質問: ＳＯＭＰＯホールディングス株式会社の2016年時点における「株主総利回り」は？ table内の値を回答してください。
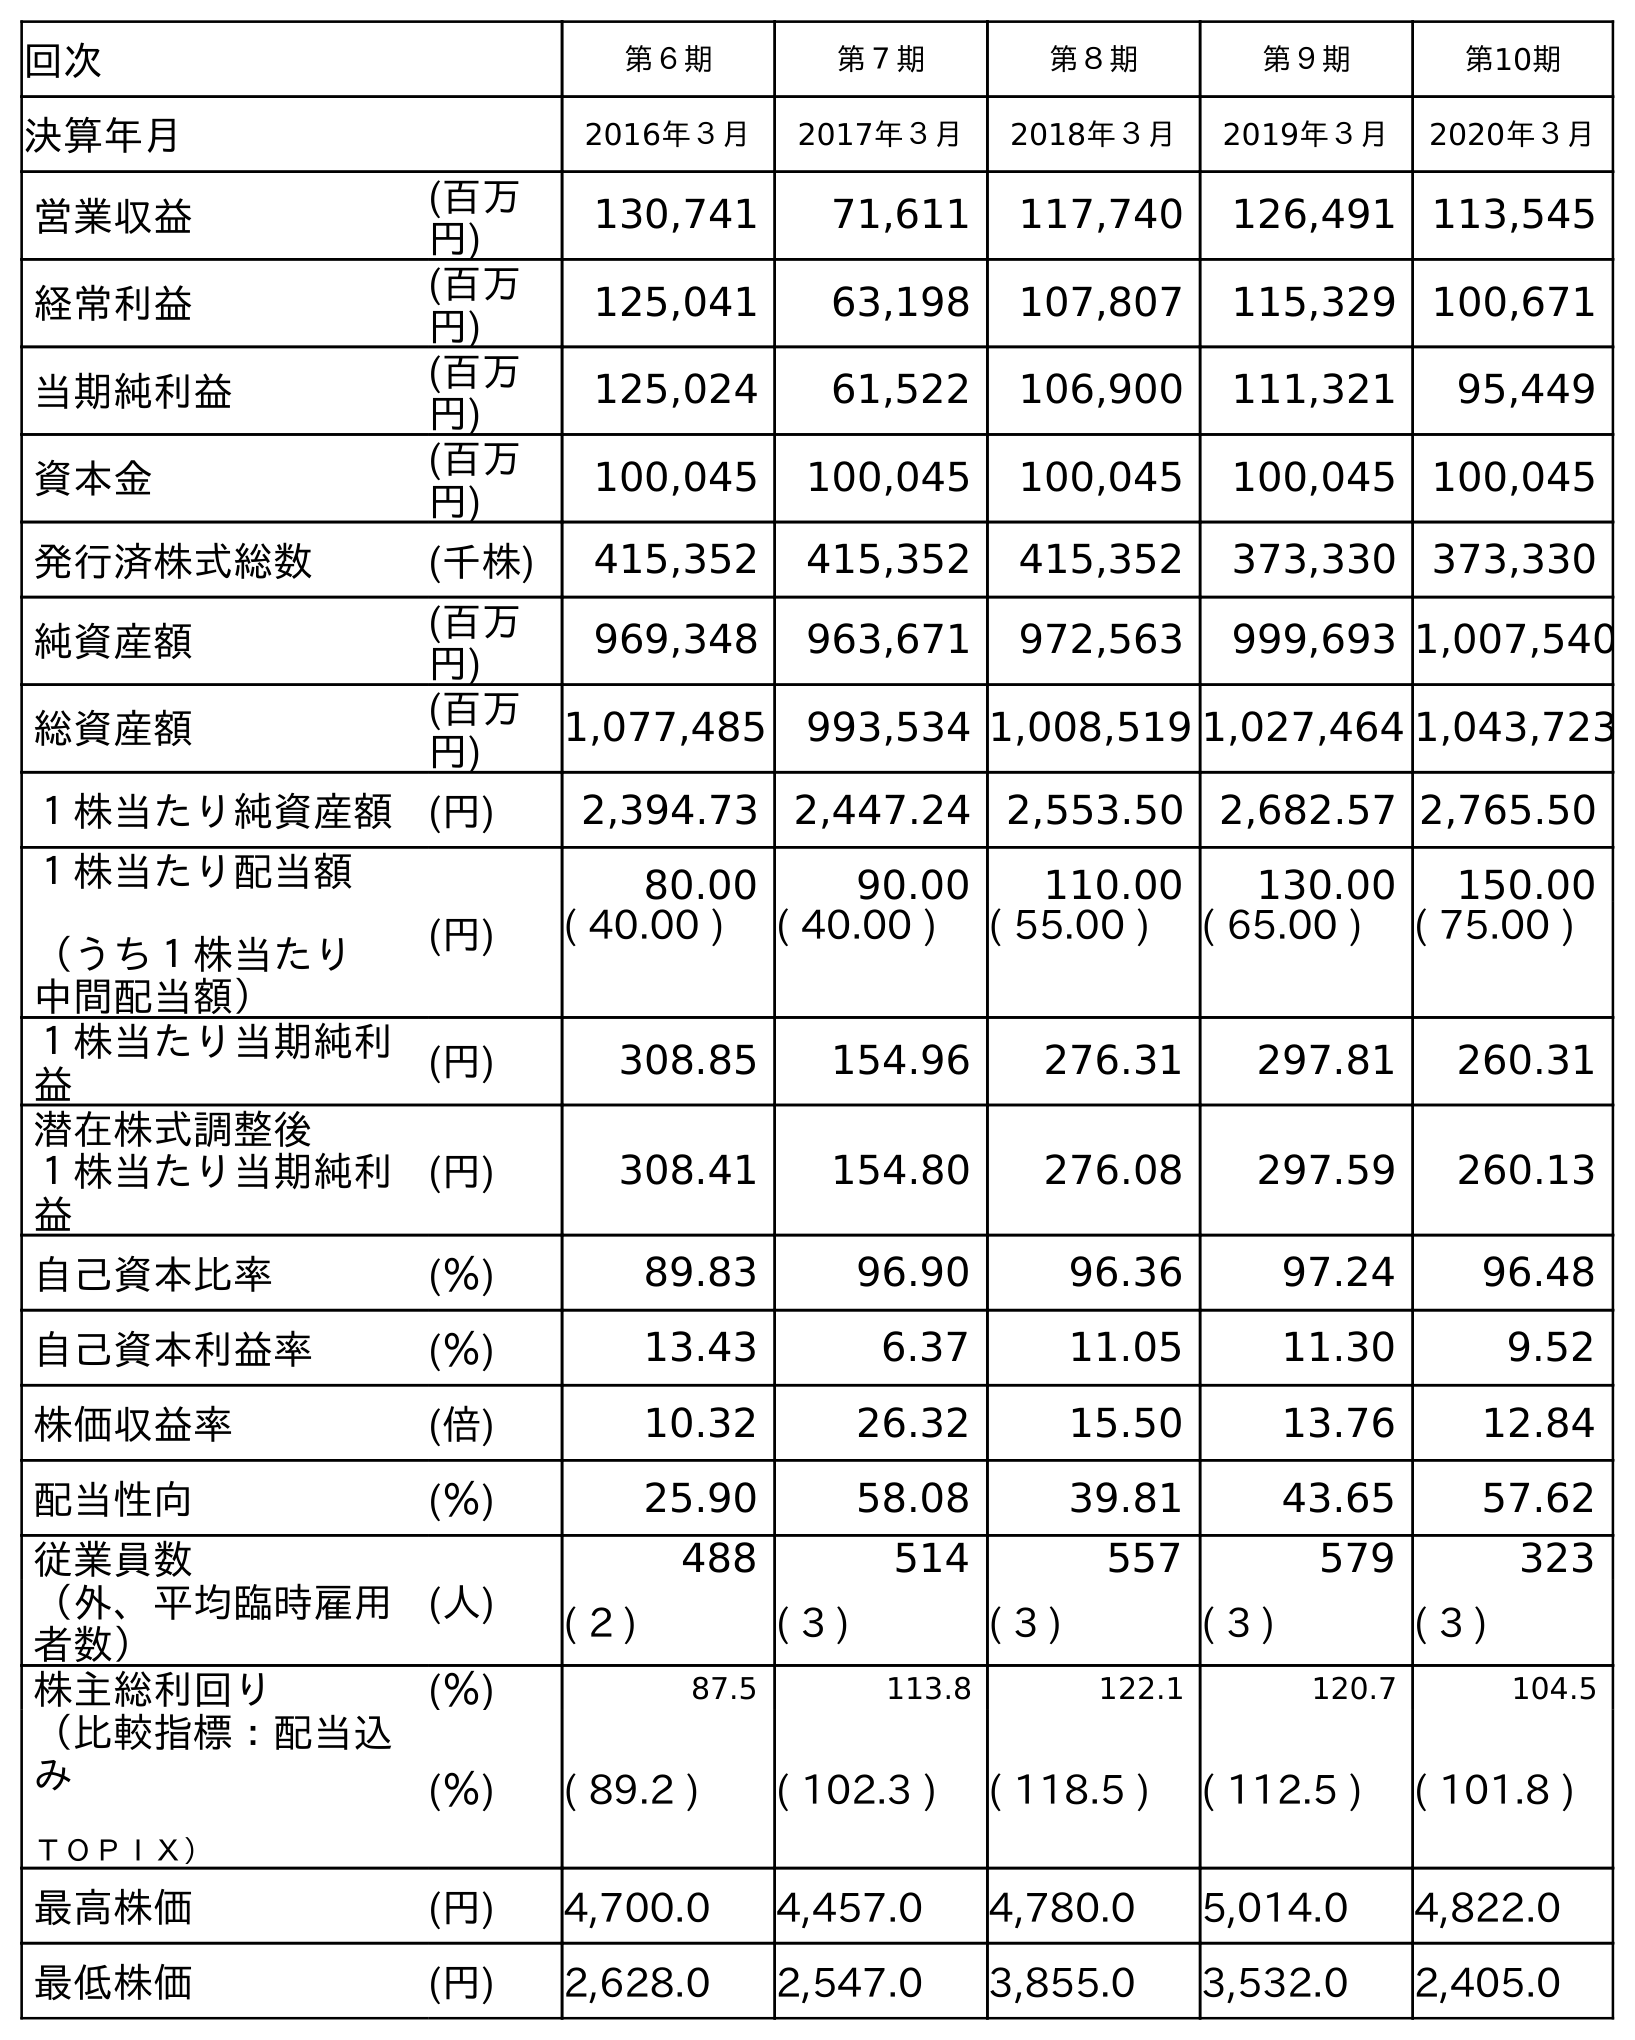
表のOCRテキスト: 回次 第６期 第７期 第８期 第９期 第10期 決算年月 2016年３月 2017年３月 2018年３月 2019年３月 2020年３月 営業収益 (百万 円) 130,741 71,611 117,740 126,491 113,545 経常利益 (百万 円) 125,041 63,198 107,807 115,329 100,671 当期純利益 (百万 円) 125,024 61,522 106,900 111,321 95,449 資本金 (百万 円) 100,045 100,045 100,045 100,045 100,045 発行済株式総数 (千株) 415,352 415,352 415,352 373,330 373,330 純資産額 (百万 円) 969,348 963,671 972,563 999,693 1,007,540 総資産額 (百万 円) 1,077,485 993,534 1,008,519 1,027,464 1,043,723 １株当たり純資産額 (円) 2,394.73 2,447.24 2,553.50 2,682.57 2,765.50 １株当たり配当額 （うち１株当たり 中間配当額） (円) 80.00 90.00 110.00 130.00 150.00 ( 40.00 ) ( 40.00 ) ( 55.00 ) ( 65.00 ) ( 75.00 ) １株当たり当期純利 益 (円) 308.85 154.96 276.31 297.81 260.31 潜在株式調整後 １株当たり当期純利 益 (円) 308.41 154.80 276.08 297.59 260.13 自己資本比率 (％) 89.83 96.90 96.36 97.24 96.48 自己資本利益率 (％) 13.43 6.37 11.05 11.30 9.52 株価収益率 (倍) 10.32 26.32 15.50 13.76 12.84 配当性向 (％) 25.90 58.08 39.81 43.65 57.62 従業員数 (人) 488 514 557 579 323 （外、平均臨時雇用 者数） ( 2 ) ( 3 ) ( 3 ) ( 3 ) ( 3 ) 株主総利回り (％) 87.5 113.8 122.1 120.7 104.5 （比較指標：配当込 み ＴＯＰＩＸ） (％) ( 89.2 ) ( 102.3 ) ( 118.5 ) ( 112.5 ) ( 101.8 ) 最高株価 (円) 4,700.0 4,457.0 4,780.0 5,014.0 4,822.0 最低株価 (円) 2,628.0 2,547.0 3,855.0 3,532.0 2,405.0
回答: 87.5